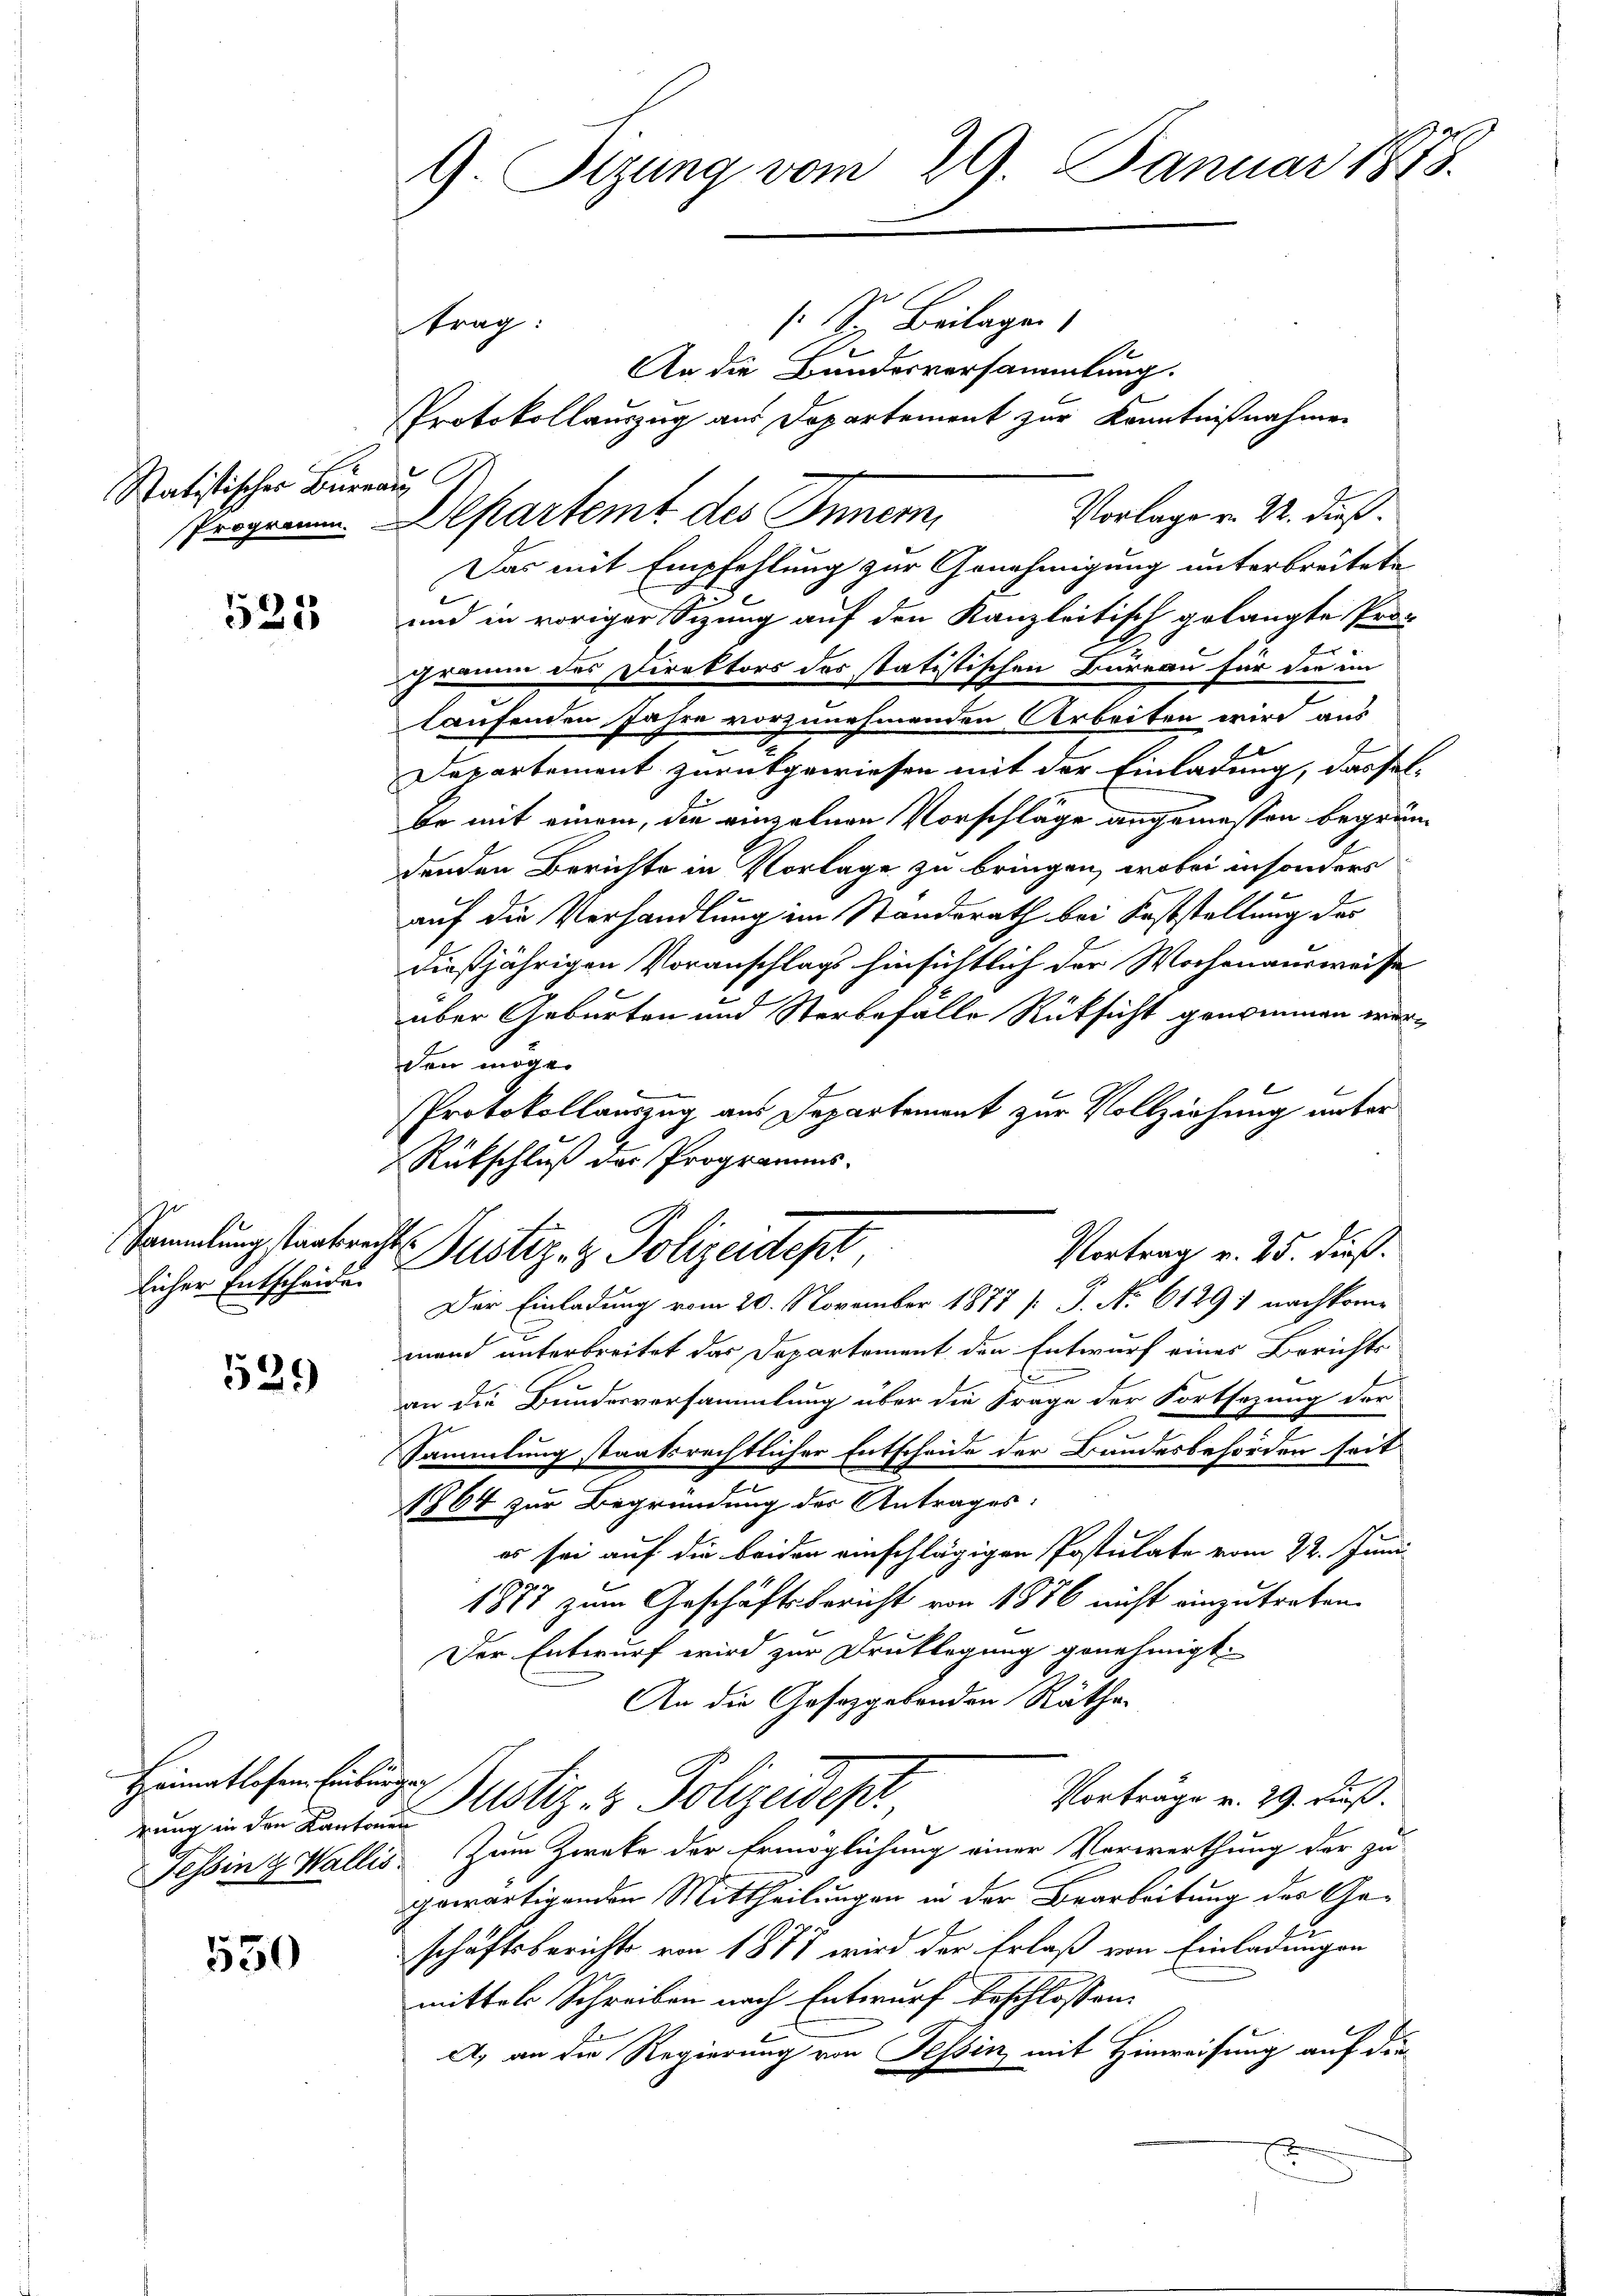
Statistischer Bureau G

523

Sammlung staatsrecht.
licher Entscheide

529

Heimatlosen Einburger

550

9. Sizung vom 29. Januar 1878.

s. S. Beilagen
trag:
An die Bundesversammlung.
Protokollauszug aus Departement zur Kenntnißnahmen
Progen. Departemt des Innern,

Vorlage von 22. dieß.
Das mit Empfehlung zur Genehmigung unterbreitete
F
und in voriger Sizung auf den Kanzleitisch gelangte Pro-
Gramm des Direktors des statistischen Bureau für die im
laufenden Jahre vorzunehmenden Arbeiten wird aus
Departement zurückgewiesen mit der Einladung, dassel-
be mit einem, die einzelnen Vorschläge angemessen begrüdenden Berichte in Vorlage zu bringen, wobei insonders
auf die Verhandlung im Standsrath bei Feststellung des
dießjährigen Voranschlags hinsichtlich der Wochenausweise
über Geburten und Sterbefalle Rüksicht genommen würden mögen
Protokollauszug aus Departement zur Vollziehung unter
Rückschluß der Programms.
Der Einladung vom 20. November 1877 [ P. Nr. 61291 nachkome
mand unterbreitet das Departement den Entwurf eines Berichts
d
an die Bundesversammlung über die Frage der Fortsezung der
Sammlung staatsrechtlicher Entscheide der Bundesbehörden seit
1864 zur Begründung der Antrages:
es sei auf die beiden einschlägigen Postulate vom 22. Juni
1877 zum Geschäftsbericht von 1876 nicht einzutreten.
Der Entwurf wird zur Druklegung genehmigt.
An die Gesetzgebenden Rätha-
Vorträge v. 29. Fuß.
rung in der Kanton Notiz & Polizeidept,
Tessin & Wallis. Zum Zweke der Ermöglichung einer Verwerthung der zu
gewärtigenden Mittheilungen in der Bearbeitung des Geschäftsberichts von 1877 wird der Erlaß von Einladungen
mittels Schreiben nach Entwurf beschlossen:
A., an die Regierung von Tessin mit Hinweisung auf die
E

Vortrag v. 25. dieß.
Justiz- & Polizeidept